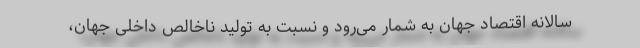
سالانه اقتصاد جهان به شمار می‌رود و نسبت به تولید ناخالص داخلی جهان،